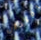
امتحان